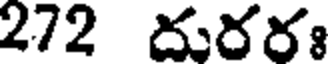
272 దురర